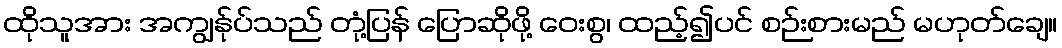
ထိုသူအား အကျွန်ုပ်သည် တုံ့ပြန် ပြောဆိုဖို့ ဝေးစွ၊ ထည့်၍ပင် စဉ်းစားမည် မဟုတ်ချေ။